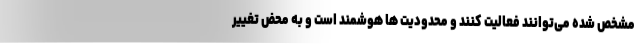
مشخص شده می‌توانند فعالیت کنند و محدودیت ها هوشمند است و به محض تغییر